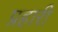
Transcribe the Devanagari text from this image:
प्रहारी